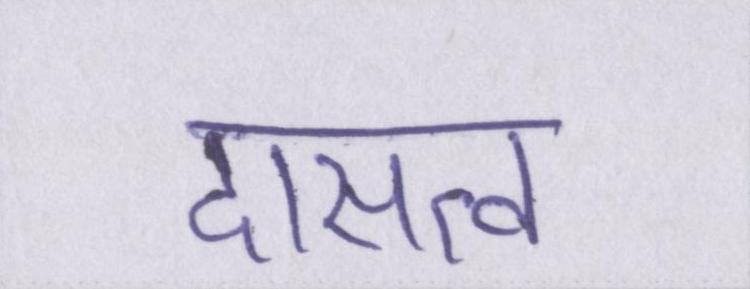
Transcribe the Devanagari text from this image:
दासत्व